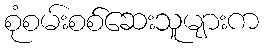
စုံစမ်းစစ်ဆေးသူများက